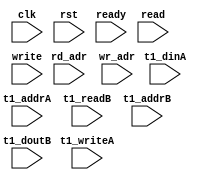
module ip_top_sva_2_2nr2w_dup
  #(
parameter     WIDTH = 8,
parameter     NUMRDPT = 4,
parameter     NUMADDR = 8192,
parameter     BITADDR = 13,
parameter     NUMVROW = 1024,
parameter     BITVROW = 10,
parameter     NUMVBNK = 8,
parameter     BITVBNK = 3)
(
  input clk,
  input rst,
  input ready,
  input [2*NUMRDPT-1:0] read,
  input [2*NUMRDPT*BITADDR-1:0] rd_adr,
  input [2-1:0] write,
  input [2*BITADDR-1:0]  wr_adr,
  input [2*NUMRDPT*NUMVBNK-1:0] t1_writeA,
  input [2*NUMRDPT*NUMVBNK*BITVROW-1:0] t1_addrA,
  input [2*NUMRDPT*NUMVBNK*WIDTH-1:0] t1_dinA,
  input [2*NUMRDPT*NUMVBNK-1:0] t1_readB,
  input [2*NUMRDPT*NUMVBNK*BITVROW-1:0] t1_addrB,
  input [2*NUMRDPT*NUMVBNK*WIDTH-1:0] t1_doutB
);
`ifdef FORMAL
//synopsys translate_off

genvar rd_int;
generate for (rd_int=0; rd_int<2*NUMRDPT; rd_int=rd_int+1) begin: rd_loop
  wire read_wire = read >> rd_int;
  wire [BITADDR-1:0] rd_adr_wire = rd_adr >> (rd_int*BITADDR);

  assert_rd_range_check: assume property (@(posedge clk) disable iff (!ready) read_wire |-> (rd_adr_wire < NUMADDR));
end
endgenerate

genvar wr_int;
generate for (wr_int=0; wr_int<NUMRDPT; wr_int=wr_int+1) begin: wr_loop
  wire write_wire = write >> wr_int;
  wire [BITADDR-1:0] wr_adr_wire = wr_adr >> (wr_int*BITADDR);

  assert_wr_range_check: assume property (@(posedge clk) disable iff (!ready) write_wire |-> (wr_adr_wire < NUMADDR));
end
endgenerate

genvar t1_vbnk_int, t1_prpt_int;
generate for (t1_vbnk_int=0; t1_vbnk_int<NUMVBNK; t1_vbnk_int=t1_vbnk_int+1) begin: t1_vbnk_loop
  for (t1_prpt_int=0; t1_prpt_int<2*NUMRDPT; t1_prpt_int=t1_prpt_int+1) begin: t1_prpt_loop
    wire t1_writeA_wire = t1_writeA >> (2*NUMRDPT*t1_vbnk_int+t1_prpt_int);
    wire [BITVROW-1:0] t1_addrA_wire = t1_addrA >> ((2*NUMRDPT*t1_vbnk_int+t1_prpt_int)*BITVROW);
    wire [WIDTH-1:0] t1_dinA_wire = t1_dinA >> ((2*NUMRDPT*t1_vbnk_int+t1_prpt_int)*WIDTH);

    wire t1_writeA_0_wire = t1_writeA >> (2*NUMRDPT*t1_vbnk_int+t1_prpt_int[0]);
    wire [BITVROW-1:0] t1_addrA_0_wire = t1_addrA >> ((2*NUMRDPT*t1_vbnk_int+t1_prpt_int[0])*BITVROW);
    wire [WIDTH-1:0] t1_dinA_0_wire = t1_dinA >> ((2*NUMRDPT*t1_vbnk_int+t1_prpt_int[0])*WIDTH);

    wire t1_readB_wire = t1_readB >> (2*NUMRDPT*t1_vbnk_int+t1_prpt_int);
    wire [BITVROW-1:0] t1_addrB_wire = t1_addrB >> ((2*NUMRDPT*t1_vbnk_int+t1_prpt_int)*BITVROW);

    assert_t1_wr_range_check: assert property (@(posedge clk) disable iff (rst) t1_writeA_wire |-> (t1_addrA_wire < NUMVROW));
    assert_t1_rd_range_check: assert property (@(posedge clk) disable iff (rst) t1_readB_wire |-> (t1_addrB_wire < NUMVROW));
    assert_t1_wr_same_check: assert property (@(posedge clk) disable iff (rst) t1_writeA_wire |->
					      (t1_writeA_0_wire && (t1_addrA_0_wire == t1_addrA_wire) && (t1_dinA_0_wire == t1_dinA_wire))); 
  end
end
endgenerate
//synopsys translate_on
`endif
endmodule


module ip_top_sva_2nr2w_dup
  #(
parameter     WIDTH   = 32,
parameter     BITWDTH = 5,
parameter     NUMRDPT = 2,
parameter     NUMADDR = 8192,
parameter     BITADDR = 13,
parameter     NUMVROW = 8,
parameter     BITVROW = 3,
parameter     NUMVBNK = 8,
parameter     BITVBNK = 3,
parameter     BITPADR = 0,
parameter     SRAM_DELAY = 2,
parameter     FLOPIN = 0,
parameter     FLOPOUT = 0
   )
(
  input clk,
  input rst,
  input ready,
  input [2*NUMRDPT*NUMVBNK-1:0] t1_writeA,
  input [2*NUMRDPT*NUMVBNK*BITVROW-1:0] t1_addrA,
  input [2*NUMRDPT*NUMVBNK*WIDTH-1:0] t1_dinA,
  input [2*NUMRDPT*NUMVBNK-1:0] t1_readB,
  input [2*NUMRDPT*NUMVBNK*BITVROW-1:0] t1_addrB,
  input [2*NUMRDPT*NUMVBNK*WIDTH-1:0] t1_doutB,
  input [2*NUMRDPT*NUMVBNK-1:0] t1_serrB,
  input [2*NUMRDPT*NUMVBNK-1:0] t1_derrB,
  input [2*NUMRDPT*NUMVBNK*(BITPADR-BITVBNK-1)-1:0] t1_padrB,
  input [2-1:0] write,
  input [2*BITADDR-1:0]  wr_adr,
  input [2*WIDTH-1:0] din,
  input [2*NUMRDPT-1:0] read,
  input [2*NUMRDPT*BITADDR-1:0] rd_adr,
  input [2*NUMRDPT-1:0] rd_vld,
  input [2*NUMRDPT*WIDTH-1:0] rd_dout,
  input [2*NUMRDPT-1:0] rd_serr,
  input [2*NUMRDPT-1:0] rd_derr,
  input [2*NUMRDPT*BITPADR-1:0] rd_padr,
  input [BITADDR-1:0] select_addr,
  input [BITWDTH-1:0] select_bit
);
`ifdef FORMAL
//synopsys translate_off

wire [BITVBNK-1:0] select_bank;
wire [BITVROW-1:0] select_vrow;
np2_addr #(
  .NUMADDR (NUMADDR), .BITADDR (BITADDR),
  .NUMVBNK (NUMVBNK), .BITVBNK (BITVBNK),
  .NUMVROW (NUMVROW), .BITVROW (BITVROW))
  sel_adr (.vbadr(select_bank), .vradr(select_vrow), .vaddr(select_addr));

reg t1_writeA_wire [0:2*NUMRDPT-1][0:NUMVBNK-1];
reg [BITVROW-1:0] t1_addrA_wire [0:2*NUMRDPT-1][0:NUMVBNK-1];
reg [WIDTH-1:0] t1_dinA_wire [0:2*NUMRDPT-1][0:NUMVBNK-1];
reg t1_readB_wire [0:2*NUMRDPT-1][0:NUMVBNK-1];
reg [BITVROW-1:0] t1_addrB_wire [0:2*NUMRDPT-1][0:NUMVBNK-1];
integer t1_prpt_int, t1_vbnk_int;
always_comb
  for (t1_vbnk_int=0; t1_vbnk_int<NUMVBNK; t1_vbnk_int=t1_vbnk_int+1) begin
    for (t1_prpt_int=0; t1_prpt_int<2*NUMRDPT; t1_prpt_int=t1_prpt_int+1) begin
      t1_writeA_wire[t1_prpt_int][t1_vbnk_int] = t1_writeA >> (2*NUMRDPT*t1_vbnk_int+t1_prpt_int);
      t1_addrA_wire[t1_prpt_int][t1_vbnk_int] = t1_addrA >> ((2*NUMRDPT*t1_vbnk_int+t1_prpt_int)*BITVROW);
      t1_dinA_wire[t1_prpt_int][t1_vbnk_int] = t1_dinA >> ((2*NUMRDPT*t1_vbnk_int+t1_prpt_int)*WIDTH);
    end
    for (t1_prpt_int=0; t1_prpt_int<2*NUMRDPT; t1_prpt_int=t1_prpt_int+1) begin
      t1_readB_wire[t1_prpt_int][t1_vbnk_int] = t1_readB >> (2*NUMRDPT*t1_vbnk_int+t1_prpt_int);
      t1_addrB_wire[t1_prpt_int][t1_vbnk_int] = t1_addrB >> ((2*NUMRDPT*t1_vbnk_int+t1_prpt_int)*BITVROW);
    end
  end

reg write_wire [0:2-1];
reg [BITADDR-1:0] wr_adr_wire [0:2-1];
reg [WIDTH-1:0] din_wire [0:2-1];
integer wr_int;
always_comb
  for (wr_int=0; wr_int<2; wr_int=wr_int+1) begin
    write_wire[wr_int] = write >> wr_int;
    wr_adr_wire[wr_int] = wr_adr >> (wr_int*BITADDR);
    din_wire[wr_int] = din >> (wr_int*WIDTH);
  end

reg read_wire [0:2*NUMRDPT-1];
reg [BITADDR-1:0] rd_adr_wire [0:2*NUMRDPT-1];
reg rd_vld_wire [0:2*NUMRDPT-1];
reg [WIDTH-1:0] rd_dout_wire [0:2*NUMRDPT-1];
reg rd_serr_wire [0:2*NUMRDPT-1];
reg rd_derr_wire [0:2*NUMRDPT-1];
reg [BITPADR-1:0] rd_padr_wire [0:2*NUMRDPT-1];
integer rd_int;
always_comb
  for (rd_int=0; rd_int<2*NUMRDPT; rd_int=rd_int+1) begin
    read_wire[rd_int] = read >> rd_int;
    rd_adr_wire[rd_int] = rd_adr >> (rd_int*BITADDR);
    rd_vld_wire[rd_int] = rd_vld >> rd_int;
    rd_dout_wire[rd_int] = rd_dout >> (rd_int*WIDTH);
    rd_serr_wire[rd_int] = rd_serr >> rd_int;
    rd_derr_wire[rd_int] = rd_derr >> rd_int;
    rd_padr_wire[rd_int] = rd_padr >> (rd_int*BITPADR);
  end

reg [BITPADR-BITVBNK-2:0] t1_padrB_sel [0:2*NUMRDPT-1];
integer t1_padr_int;
always_comb
  for (t1_padr_int=0; t1_padr_int<2*NUMRDPT; t1_padr_int=t1_padr_int+1)
    t1_padrB_sel[t1_padr_int] = t1_padrB >> ((2*NUMRDPT*select_bank+t1_padr_int)*(BITPADR-BITVBNK-1));

reg meminv [0:NUMRDPT-1];
reg mem [0:NUMRDPT-1];
integer mem_int;
always @(posedge clk)
  for (mem_int=0; mem_int<NUMRDPT; mem_int=mem_int+1)
    if (rst)
      meminv[mem_int] <= 1'b1;
    else if (t1_writeA_wire[2*mem_int+1][select_bank] && (t1_addrA_wire[2*mem_int+1][select_bank] == select_vrow)) begin
      meminv[mem_int] <= 1'b0;
      mem[mem_int] <= t1_dinA_wire[2*mem_int+1][select_bank][select_bit];
    end else if (t1_writeA_wire[2*mem_int+0][select_bank] && (t1_addrA_wire[2*mem_int+0][select_bank] == select_vrow)) begin
      meminv[mem_int] <= 1'b0;
      mem[mem_int] <= t1_dinA_wire[2*mem_int+0][select_bank][select_bit];
    end 
      
genvar memr_int;
generate for (memr_int=0; memr_int<2*NUMRDPT; memr_int=memr_int+1) begin: memr_loop
  assert_pdout_check: assert property (@(posedge clk) disable iff (rst)
                                       (t1_readB_wire[memr_int][select_bank] && (t1_addrB_wire[memr_int][select_bank] == select_vrow)) |-> ##SRAM_DELAY
                                       ($past(meminv[memr_int>>1],SRAM_DELAY) || (t1_doutB[(select_bank*2*NUMRDPT+memr_int)*WIDTH+select_bit] == $past(mem[memr_int>>1],SRAM_DELAY))));
end
endgenerate

reg fakememinv;
reg fakemem;
always @(posedge clk)
  if (rst) 
    fakememinv <= 1'b1;
  else if (write_wire[1] && (wr_adr_wire[1] == select_addr)) begin
    fakememinv <= 1'b0;
    fakemem <= din_wire[1][select_bit];
  end else if (write_wire[0] && (wr_adr_wire[0] == select_addr)) begin
    fakememinv <= 1'b0;
    fakemem <= din_wire[0][select_bit];
  end

genvar fake_int;
generate if (FLOPIN) begin: fake_flp_loop
  for (fake_int=0; fake_int<NUMRDPT; fake_int=fake_int+1) begin: fake_loop
    assert_fakemem_check: assert property (@(posedge clk) disable iff (rst) 1'b1 |-> ##1 ($past(fakememinv) || ($past(fakemem) == mem[fake_int])));
  end
end else begin: fake_noflp_loop
  for (fake_int=0; fake_int<NUMRDPT; fake_int=fake_int+1) begin: fake_loop
    assert_fakemem_check: assert property (@(posedge clk) disable iff (rst) (fakememinv || (fakemem == mem[fake_int])));
  end
end
endgenerate

genvar doutr_int;
generate for (doutr_int=0; doutr_int<2*NUMRDPT; doutr_int=doutr_int+1) begin: doutr_loop
  assert_dout_check: assert property (@(posedge clk) disable iff (rst) (read_wire[doutr_int] && (rd_adr_wire[doutr_int] == select_addr)) |-> ##(FLOPIN+SRAM_DELAY+FLOPOUT)
                                      (rd_vld_wire[doutr_int] && ($past(fakememinv,FLOPIN+SRAM_DELAY+FLOPOUT) ||
                                                                  (rd_dout_wire[doutr_int][select_bit] == $past(fakemem,FLOPIN+SRAM_DELAY+FLOPOUT)))));
  assert_derr_check: assert property (@(posedge clk) disable iff (rst) (read_wire[doutr_int] && (rd_adr_wire[doutr_int] == select_addr)) |-> ##(FLOPIN+SRAM_DELAY+FLOPOUT)
                                      (!rd_serr_wire[doutr_int] && !rd_derr_wire[doutr_int]));
  assert_padr_check: assert property (@(posedge clk) disable iff (rst) (read_wire[doutr_int] && (rd_adr_wire[doutr_int] == select_addr)) |-> ##(FLOPIN+SRAM_DELAY+FLOPOUT)
                                      (&rd_padr_wire[doutr_int] ||
                                       (rd_padr_wire[doutr_int] == {select_bank,(FLOPOUT ? $past(t1_padrB_sel[doutr_int]) : t1_padrB_sel[doutr_int])})));
end
endgenerate
//synopsys translate_on
`endif
endmodule